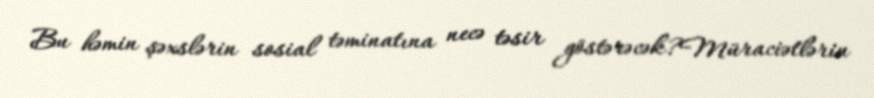
Bu həmin şəxslərin sosial təminatına necə təsir göstərəcək?Müraciətlərin